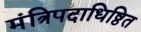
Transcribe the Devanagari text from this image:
मंत्रिपदाधिष्ठित